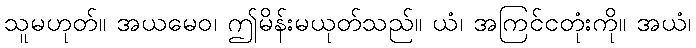
သူမဟုတ်။ အယမေဝ၊ ဤမိန်းမယုတ်သည်။ ယံ၊ အကြင်ငတုံးကို။ အယံ၊